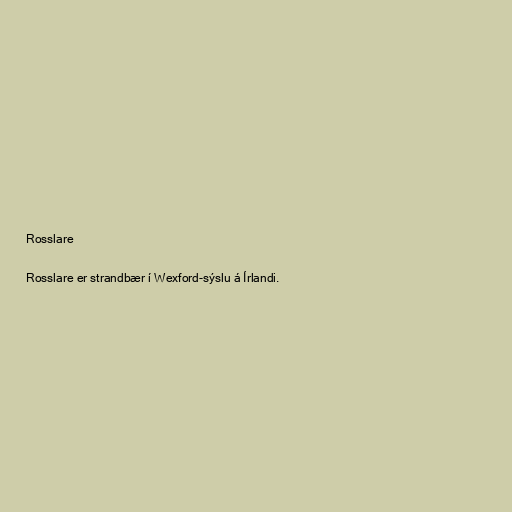
Rosslare

Rosslare er strandbær í Wexford-sýslu á Írlandi.